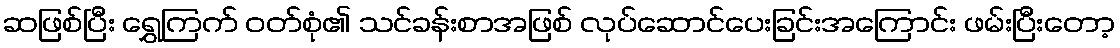
ဆဖြစ်ပြီး ရွှေကြက် ဝတ်စုံ၏ သင်ခန်းစာအဖြစ် လုပ်ဆောင်ပေးခြင်းအကြောင်း ဖမ်းပြီးတော့